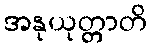
အနုယုတ္တာတိ